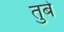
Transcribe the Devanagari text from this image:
तुबे